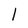
Character: I